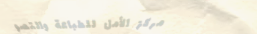
مركز الأمل للطباعة والتصو